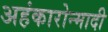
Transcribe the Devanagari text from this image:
अहंकारोन्मादी